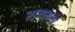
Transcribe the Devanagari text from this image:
राजभाशा